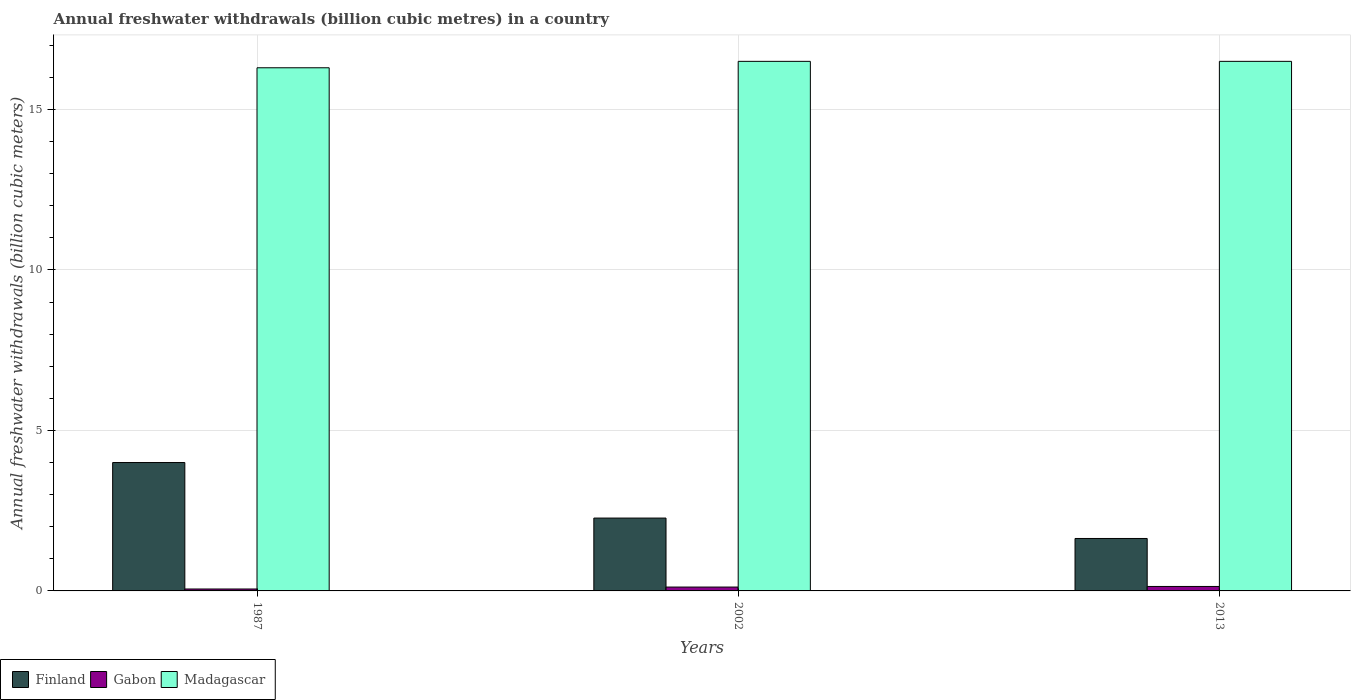
| Years | Finland | Gabon | Madagascar |
 | --- | --- | --- | --- |
 | 1987 | 4 | 0.06 | 16.3 |
 | 2002 | 2.27 | 0.12 | 16.5 |
 | 2013 | 1.63 | 0.139 | 16.5 |